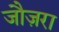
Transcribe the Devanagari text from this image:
जौज़रा